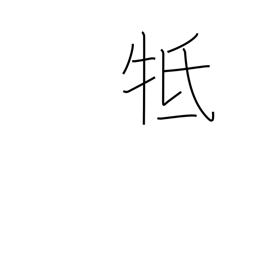
Meaning: touch